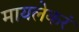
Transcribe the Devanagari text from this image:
मायलेकरं